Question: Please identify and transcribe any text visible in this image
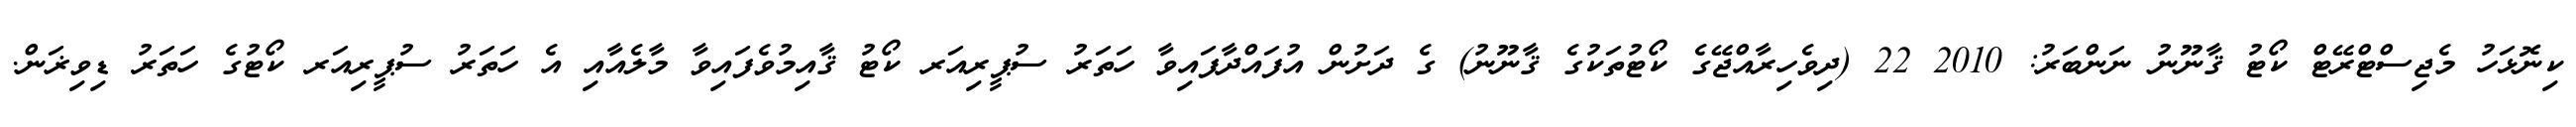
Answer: ކިނޮޅަހު މެޖިސްޓްރޭޓް ކޯޓު ޤާނޫނު ނަންބަރު: 2010 22 (ދިވެހިރާއްޖޭގެ ކޯޓުތަކުގެ ޤާނޫނު) ގެ ދަށުން އުފައްދާފައިވާ ހަތަރު ސުޕީރިއަރ ކޯޓު ޤާއިމުވެފައިވާ މާލެއާއި އެ ހަތަރު ސުޕީރިއަރ ކޯޓުގެ ހަތަރު ޑިވިޜަން.